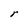
Character: r